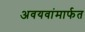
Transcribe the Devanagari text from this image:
अवयवांमार्फत